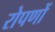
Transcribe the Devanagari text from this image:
रोपणों